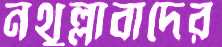
নথুল্লাবাদের